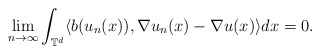
\begin{align*}\lim_{n\rightarrow\infty}\int_{\mathbb{T}^d} \langle b(u_n(x)), \nabla u_n(x) - \nabla u(x)\rangle dx = 0 .\end{align*}